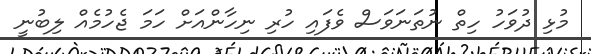
މުޅި ދުވަހު ހިތް ނުތަނަވަސް ވެފައި ހުރި ނިހާންއަށް ހަމަ ޖެހުމެއް ލިބުނީ